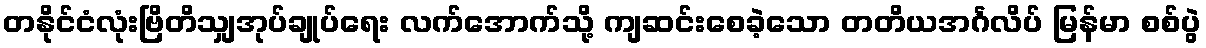
တနိုင်ငံလုံးဗြိတိသျှအုပ်ချုပ်ရေး လက်အောက်သို့ ကျဆင်းစေခဲ့သော တတိယအင်္ဂလိပ် မြန်မာ စစ်ပွဲ